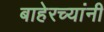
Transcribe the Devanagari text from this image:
बाहेरच्यांनी